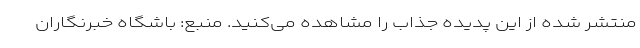
منتشر شده از این پدیده جذاب را مشاهده می‌کنید. منبع: باشگاه خبرنگاران